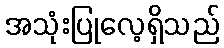
အသုံးပြုလေ့ရှိသည်